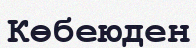
Көбеюден